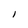
Character: 1